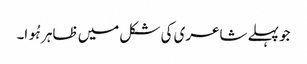
جو پہلے شاعری کی شکل میں ظاہر ہُوا۔